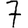
Digit: 7